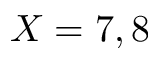
X = 7 , 8